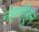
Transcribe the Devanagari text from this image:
नेहमीहून